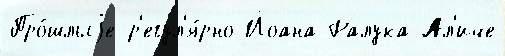
Про́шлыjе р'егул'я́рно Йоана-Ралука Ал'иче